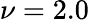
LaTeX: \nu=2.0